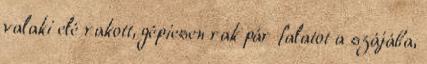
valaki elé rakott, gépiesen rak pár falatot a szájába,